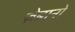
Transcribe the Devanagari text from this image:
ज़ेब्रानो